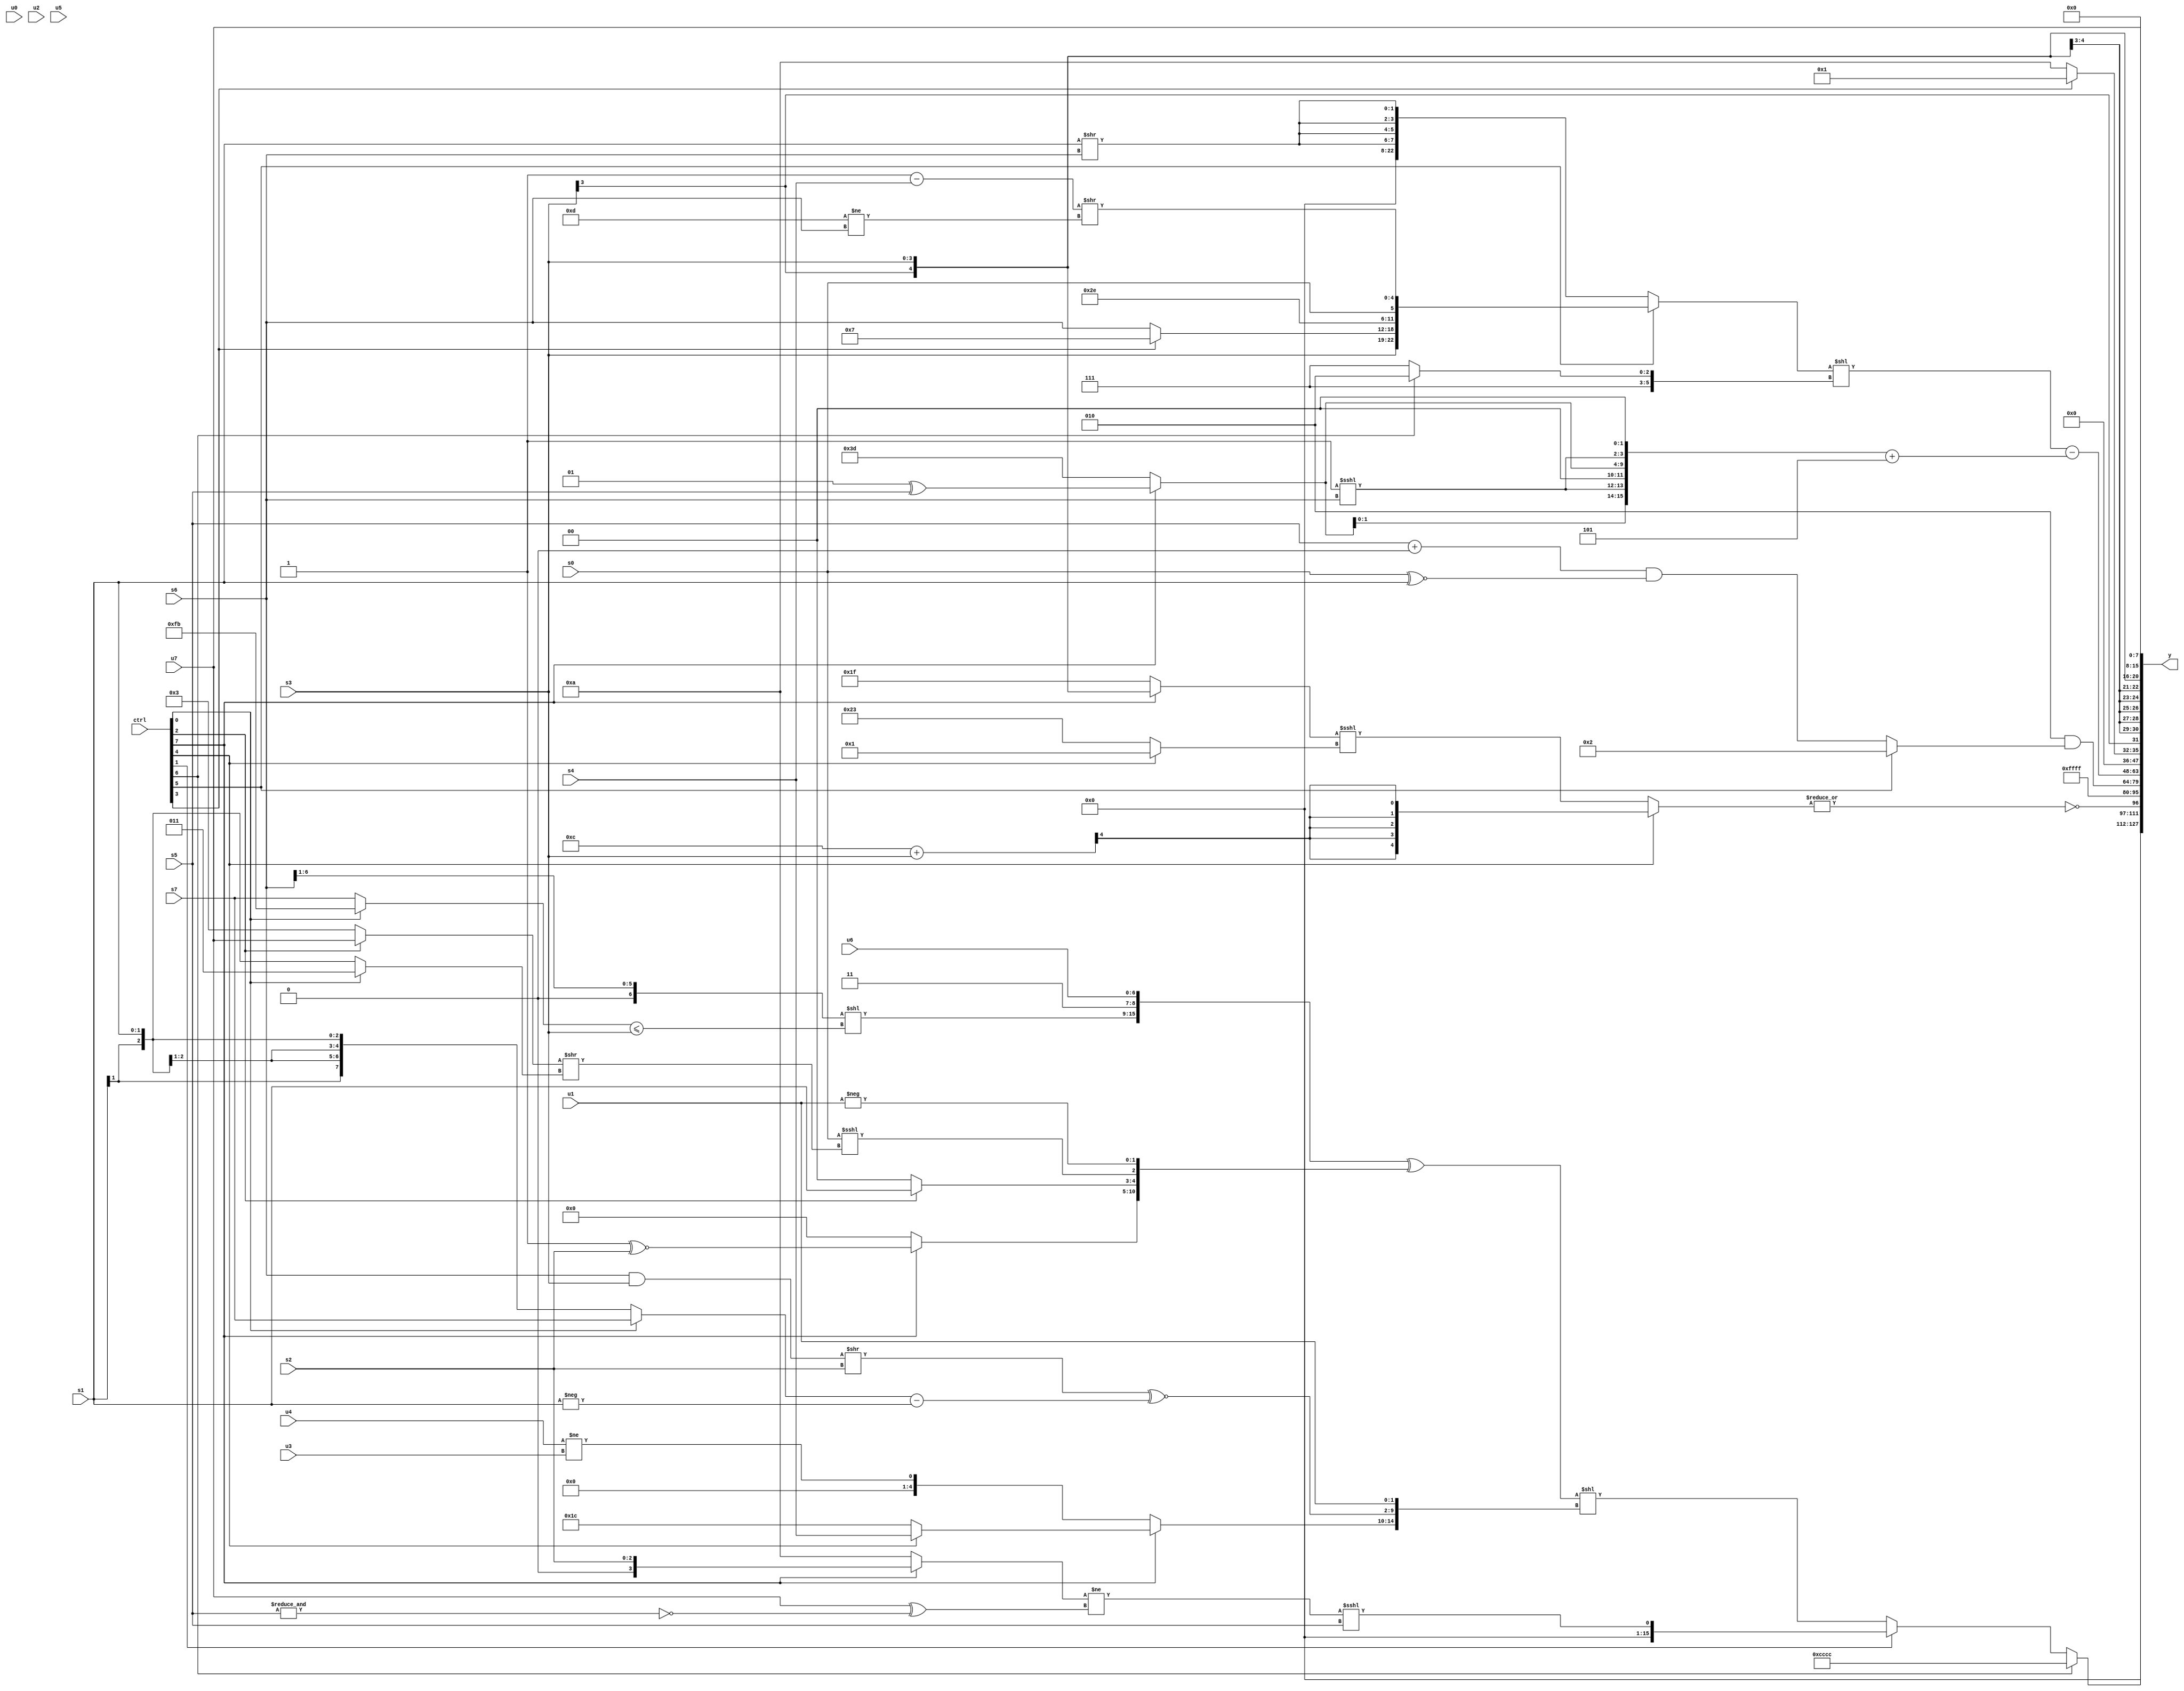
module wideexpr_00145(ctrl, u0, u1, u2, u3, u4, u5, u6, u7, s0, s1, s2, s3, s4, s5, s6, s7, y);
  input [7:0] ctrl;
  input [0:0] u0;
  input [1:0] u1;
  input [2:0] u2;
  input [3:0] u3;
  input [4:0] u4;
  input [5:0] u5;
  input [6:0] u6;
  input [7:0] u7;
  input signed [0:0] s0;
  input signed [1:0] s1;
  input signed [2:0] s2;
  input signed [3:0] s3;
  input signed [4:0] s4;
  input signed [5:0] s5;
  input signed [6:0] s6;
  input signed [7:0] s7;
  output [127:0] y;
  wire [15:0] y0;
  wire [15:0] y1;
  wire [15:0] y2;
  wire [15:0] y3;
  wire [15:0] y4;
  wire [15:0] y5;
  wire [15:0] y6;
  wire [15:0] y7;
  assign y = {y0,y1,y2,y3,y4,y5,y6,y7};
  assign y0 = (ctrl[6]?{4{4'b1100}}:(ctrl[1]?$unsigned((($signed((ctrl[7]?s2:{1{5'sb01010}})))!=(({1{u7}})^(~&($unsigned(s5)))))<<<({s5})):(({((s6)>>((3'b010)>>>(1'sb1)))<<(((ctrl[0]?4'sb1011:s7))<=(s3)),$signed({2'b11,u6})})^({(ctrl[7]?(1'sb1)^~(s2):+((1'sb0)&(6'sb100101))),(ctrl[2]?(s1)>>>((s0)<<(1'sb1)):((2'sb10)>>>(1'sb1))>>((5'sb10110)<<<(4'sb0001))),(s0)<<<(((ctrl[2]?u7:2'b11))>>((ctrl[0]?3'sb011:s1))),-(u1)}))<<($unsigned({+((ctrl[7]?(ctrl[4]?s4:5'b11100):(u4)!=(u3))),(((s6)&(s3))>>(s2))^~(((ctrl[0]?s7:s1))-(-(s1))),u1}))));
  assign y1 = +(~|((ctrl[4]?$signed(((5'sb01100)+(s3))>>>(3'b111)):((ctrl[7]?s3:$signed(5'sb11111)))<<<((ctrl[4]?{4'sb0000,2'sb01}:$signed(6'sb100011))))));
  assign y2 = 2'sb11;
  assign y3 = (5'sb00010)&((ctrl[5]?+(4'sb0010):($signed(($signed(s5))+((ctrl[2]?2'sb00:1'sb0))))&(+(((s0)>>>(4'sb1110))^~($signed(s1))))));
  assign y4 = (((ctrl[5]?+({((s7)^(u2))<<({4'sb0001,5'sb11101}),{{1{s3}},(ctrl[3]?4'sb0111:s6),$signed(2'sb10),4'sb1110},s0,((1'sb1)-(s4))>>((5'sb01101)!=(s6))}):$signed(+({4{(s1)>>(s6)}}))))<<(+((ctrl[6]?6'sb111010:2'sb11))))-(($signed({4{{(ctrl[7]?(2'sb01)^(s5):3'sb101),({2'sb01})<<<(s6),2'sb00}}}))+((3'sb101)<<<(3'sb000)));
  assign y5 = $signed((ctrl[3]?(ctrl[3]?2'b01:1'b0):5'b01010));
  assign y6 = s3;
  assign y7 = +(u7);
endmodule